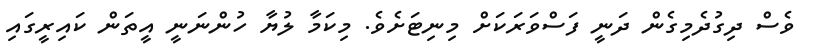
ވެސް ދިގުދެމިގެން ދަނީ ފަސްވަރަކަށް މިނިޓަށެވެ. މިކަމާ ލުޔާ ހުންނަނީ އީތަން ކައިރީގައި